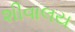
શીવાલય